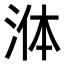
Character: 𭰟